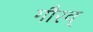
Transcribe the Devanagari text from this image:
गौरव्